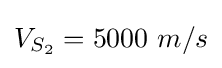
V_{S_{2}}=5000~m/s